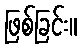
ဖြစ်ခြင်း။